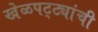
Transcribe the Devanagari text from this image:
खेळपट्ट्यांची